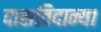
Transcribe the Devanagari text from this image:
दासविदान्या